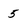
Character: 5